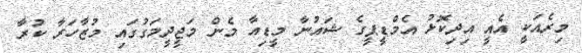
މިރެއަކީ އެއީ އިދިކޮޅު އެމްޑީޕީގެ ޝައުނާ މީޑިއާ މެން މަޖީދީމަގުގައި މުޒާހަރާ ކުރާ